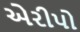
એરીપો